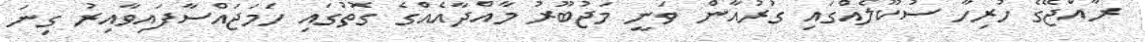
ރާއްޖޭގެ ހުރިހާ ސުކޫލެއްގައި ގުރުއާން ވަނީ މަޖުބޫރު މާއްދާއެއްގެ ގޮތުގައި ހަމަޖައްސާފައިވާއިރު ގިނަ